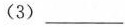
(3)__